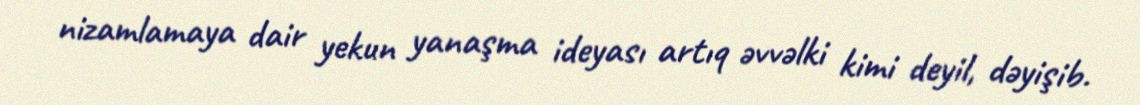
nizamlamaya dair yekun yanaşma ideyası artıq əvvəlki kimi deyil, dəyişib.